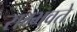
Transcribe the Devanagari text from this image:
सम्भवते